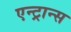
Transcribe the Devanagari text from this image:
एन्ट्रान्स